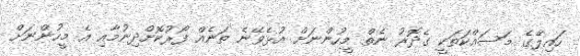
ހައިލޭގެ މަސައްކަތަކީ ގެދޮރު ނެތް މީހުންނަށް އުޅެވޭނެ ތަނެއް ފޯރުކޮށްދިނުމާއި އެ މީހުންނަށް